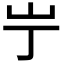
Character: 𫵲